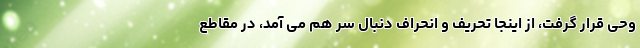
وحی قرار گرفت، از اینجا تحریف و انحراف دنبال سر هم می آمد، در مقاطع